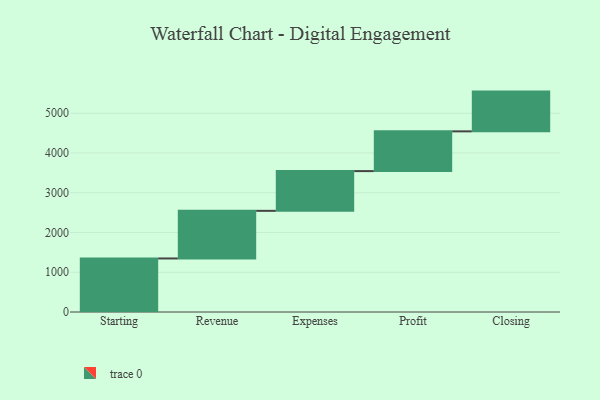
{"axis": {"x": "Step", "y": "Value"}, "legend": [""], "data": [{"x": "Starting", "y": 1347.0, "type": ""}, {"x": "Revenue", "y": 1198.0, "type": ""}, {"x": "Expenses", "y": 1000, "type": ""}, {"x": "Profit", "y": 1000, "type": ""}, {"x": "Closing", "y": 1000, "type": ""}]}